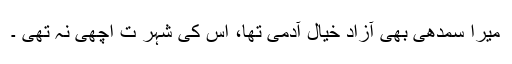
میرا سمدھی بھی آزاد خیال آدمی تھا، اس کی شہر ت اچھی نہ تھی ۔